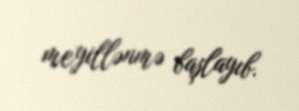
meyillənmə başlayıb.